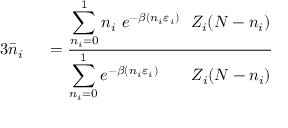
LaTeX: \begin{array} { r l } { { 3 } { \bar { n } } _ { i } \ } & { { } = { \frac { \displaystyle \sum _ { n _ { i } = 0 } ^ { 1 } n _ { i } \ e ^ { - \beta ( n _ { i } \varepsilon _ { i } ) } \ \ Z _ { i } ( N - n _ { i } ) } { \displaystyle \sum _ { n _ { i } = 0 } ^ { 1 } e ^ { - \beta ( n _ { i } \varepsilon _ { i } ) } \qquad Z _ { i } ( N - n _ { i } ) } } } \end{array}